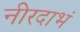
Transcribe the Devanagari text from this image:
नीरदाभं